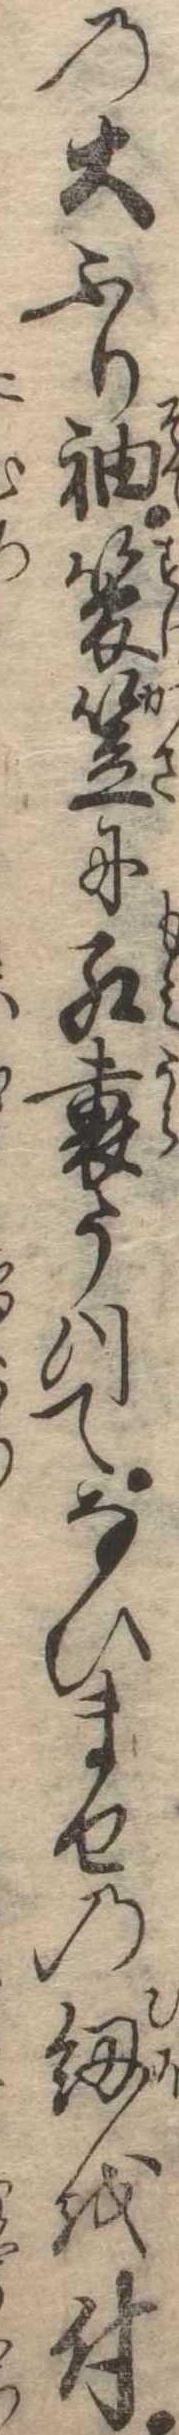
の大ふり袖菅笠に紅裏うつてなひませの紐を付